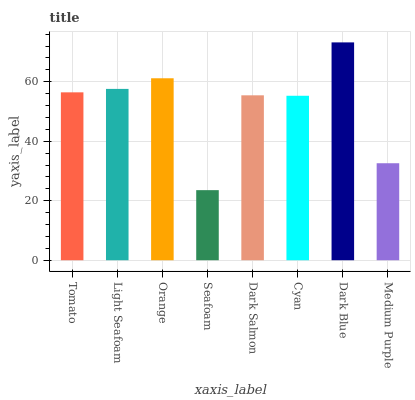
| xaxis_label | bars |
 | --- | --- |
 | Tomato | 56.4 |
 | Light Seafoam | 57.6 |
 | Orange | 61.2 |
 | Seafoam | 23.6 |
 | Dark Salmon | 55.4 |
 | Cyan | 55.3 |
 | Dark Blue | 73.2 |
 | Medium Purple | 32.6 |